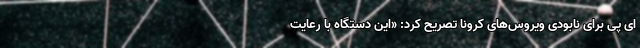
ای پی برای نابودی ویروس‌های کرونا تصریح کرد: «این دستگاه با رعایت